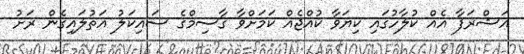
އަޝްރަފާ އެއް ކުލާހުގައި ކިޔަވާ ކުއްޖެއް ކަމަށްވާ ގާސިމްގެ ސައިކަލު އަތުލައިގެން ރަށު